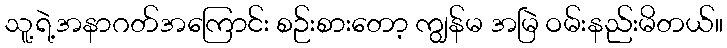
သူ့ရဲ့အနာဂတ်အကြောင်း စဉ်းစားတော့ ကျွန်မ အမြဲ ဝမ်းနည်းမိတယ်။